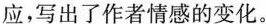
应，写出了作者情感的变化。